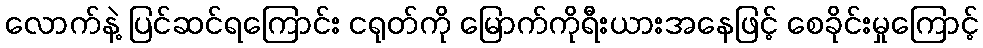
လောက်နဲ့ ပြင်ဆင်ရကြောင်း ငရုတ်ကို မြောက်ကိုရီးယားအနေဖြင့် စေခိုင်းမှုကြောင့်